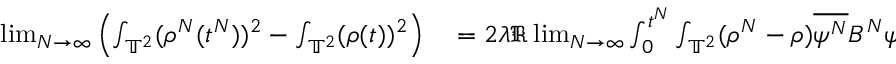
\begin{array} { r l } { \operatorname* { l i m } _ { N \rightarrow \infty } \left( \int _ { \mathbb { T } ^ { 2 } } ( \rho ^ { N } ( t ^ { N } ) ) ^ { 2 } - \int _ { \mathbb { T } ^ { 2 } } ( \rho ( t ) ) ^ { 2 } \right) } & { { } = 2 \lambda \Re \operatorname* { l i m } _ { N \rightarrow \infty } \int _ { 0 } ^ { t ^ { N } } \int _ { \mathbb { T } ^ { 2 } } ( \rho ^ { N } - \rho ) \overline { { \psi ^ { N } } } B ^ { N } \psi ^ { N } } \end{array}